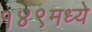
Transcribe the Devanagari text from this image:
१४९मध्ये